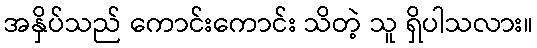
အနှိပ်သည် ကောင်းကောင်း သိတဲ့ သူ ရှိပါသလား။